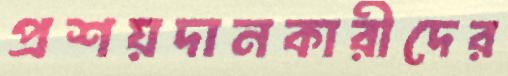
প্রশয়দানকারীদের